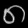
Digit: ၈